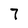
Character: 7